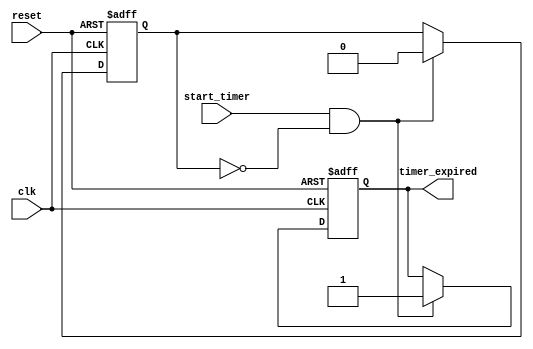
module timer_event #(parameter TIMER_DURATION = 1000) (
    input wire clk,           // Clock input
    input wire reset,         // Reset signal
    input wire start_timer,   // Signal to start the timer
    output reg timer_expired   // Signal indicating timer has expired
);

    // State variable to track timer status
    reg timer_active;

    // Always block for timer management
    always @(posedge clk or posedge reset) begin
        if (reset) begin
            // Reset the timer
            timer_expired <= 1'b0;
            timer_active <= 1'b0;
        end else if (start_timer && !timer_active) begin
            // Start the timer
            timer_active <= 1'b1;
            timer_expired <= 1'b0;
            
            // Trigger the timer expiration after TIMER_DURATION
            #TIMER_DURATION;
            timer_expired <= 1'b1; // Timer has expired
            timer_active <= 1'b0;   // Reset the active state
        end
    end

endmodule